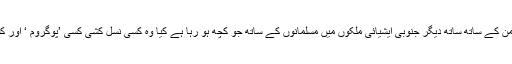
غزہ ،فلسطین ،عراق ، شام اور یمن کے ساتھ ساتھ دیگر جنوبی ایشیائی ملکوں میں مسلمانوں کے ساتھ جو کچھ ہو رہا ہے کیا وہ کسی نسل کشی کسی ’پوگروم ‘ اور کسی ’ ہولو کاسٹ ‘ سے کم ہے ؟